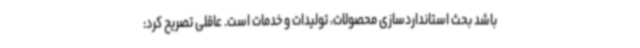
باشد بحث استانداردسازی محصولات، تولیدات و خدمات است. عاقلی تصریح کرد: